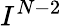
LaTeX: I^{N-2}